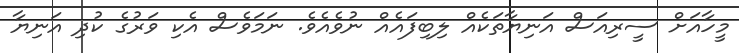
މީހާއަށް ސީރިއަސް އަނިޔާތަކެއް ލިބިފައެއް ނުވެއެވެ. ނަމަވެސް އެކި ވަރުގެ ކުދި އަނިޔާ